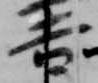
吉